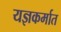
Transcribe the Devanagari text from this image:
यज्ञकर्मात